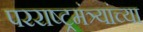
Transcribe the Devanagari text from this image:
परराष्ट्रमंत्र्यांच्या